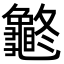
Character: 𪚽